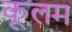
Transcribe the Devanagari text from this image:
कूलम